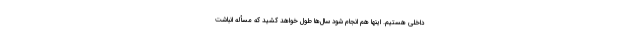
داخلی هستیم. اینها هم انجام شود سال‌ها طول خواهد کشید که مسأله انباشت